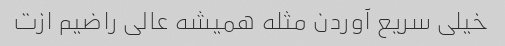
خیلی سریع آوردن مثله همیشه عالی راضیم ازت